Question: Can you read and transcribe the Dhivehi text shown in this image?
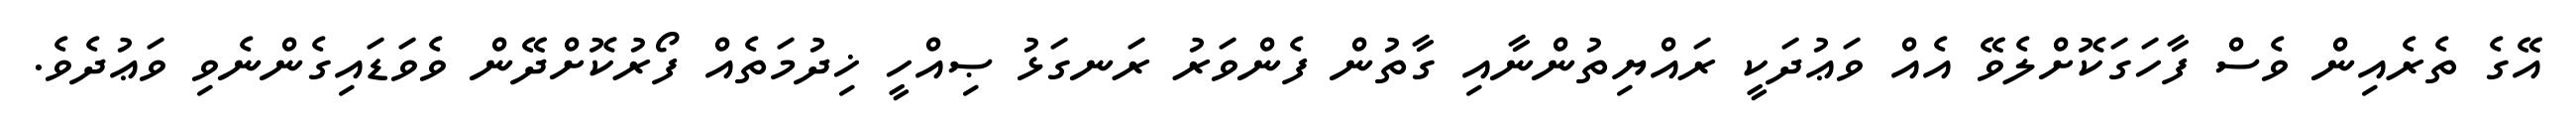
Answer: އޭގެ ތެރެއިން ވެސް ފާހަގަކޮށްލެވޭ އެއް ވަޢުދަކީ ރައްޔިތުންނާއި ގާތުން ފެންވަރު ރަނގަޅު ޞިއްހީ ޚިދުމަތެއް ފޯރުކޮށްދޭން ވެވަޑައިގެންނެވި ވަޢުދެވެ.